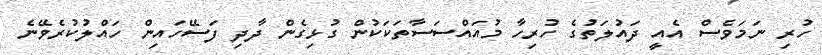
ހުރި ނަމަވެސް އެއީ ދައުލަތުގެ ހުރިހާ މުއައްސަސާތަކަކުން ގުޅިގެން ދާދި ފަސޭހައިން ހައްލުކުރެވޭނެ